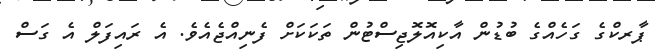
ޕާރކްގެ ގަހެއްގެ ބުޑުން އާކިއޮލޮޖިސްޓުން ތަކަކަށް ފެނިއްޖެއެވެ. އެ ރައިފަލް އެ ގަސް